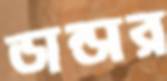
ডান্ডার